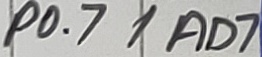
Text: P0.7/AD7